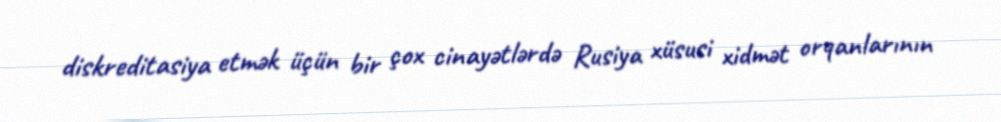
diskreditasiya etmək üçün bir çox cinayətlərdə Rusiya xüsusi xidmət orqanlarının